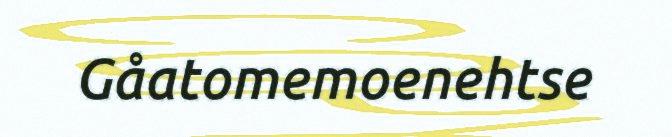
Gåatomemoenehtse